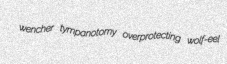
wencher tympanotomy overprotecting wolf-eel